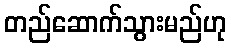
တည်ဆောက်သွားမည်ဟု